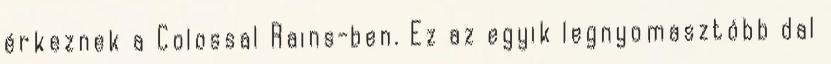
érkeznek a Colossal Rains-ben. Ez az egyik legnyomasztóbb dal